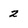
Character: 2